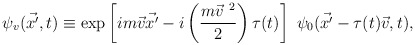
\begin{align*}\psi_v ( \vec {x'}, t) \equiv \exp \left[ i m \vec v \vec {x'} - i \left( \frac{m {\vec v}^{\ 2}}{2} \right) \tau (t) \right] \ \psi_0 ( \vec {x'} - \tau (t) \vec v, t),\end{align*}